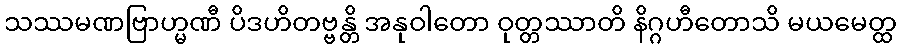
သဿမဏဗြာဟ္မဏီ ပိဒဟိတဗ္ဗန္တိ အနုဝါတော ဝုတ္တဿာတိ နိဂ္ဂဟီတောသိ မယမေတ္ထ